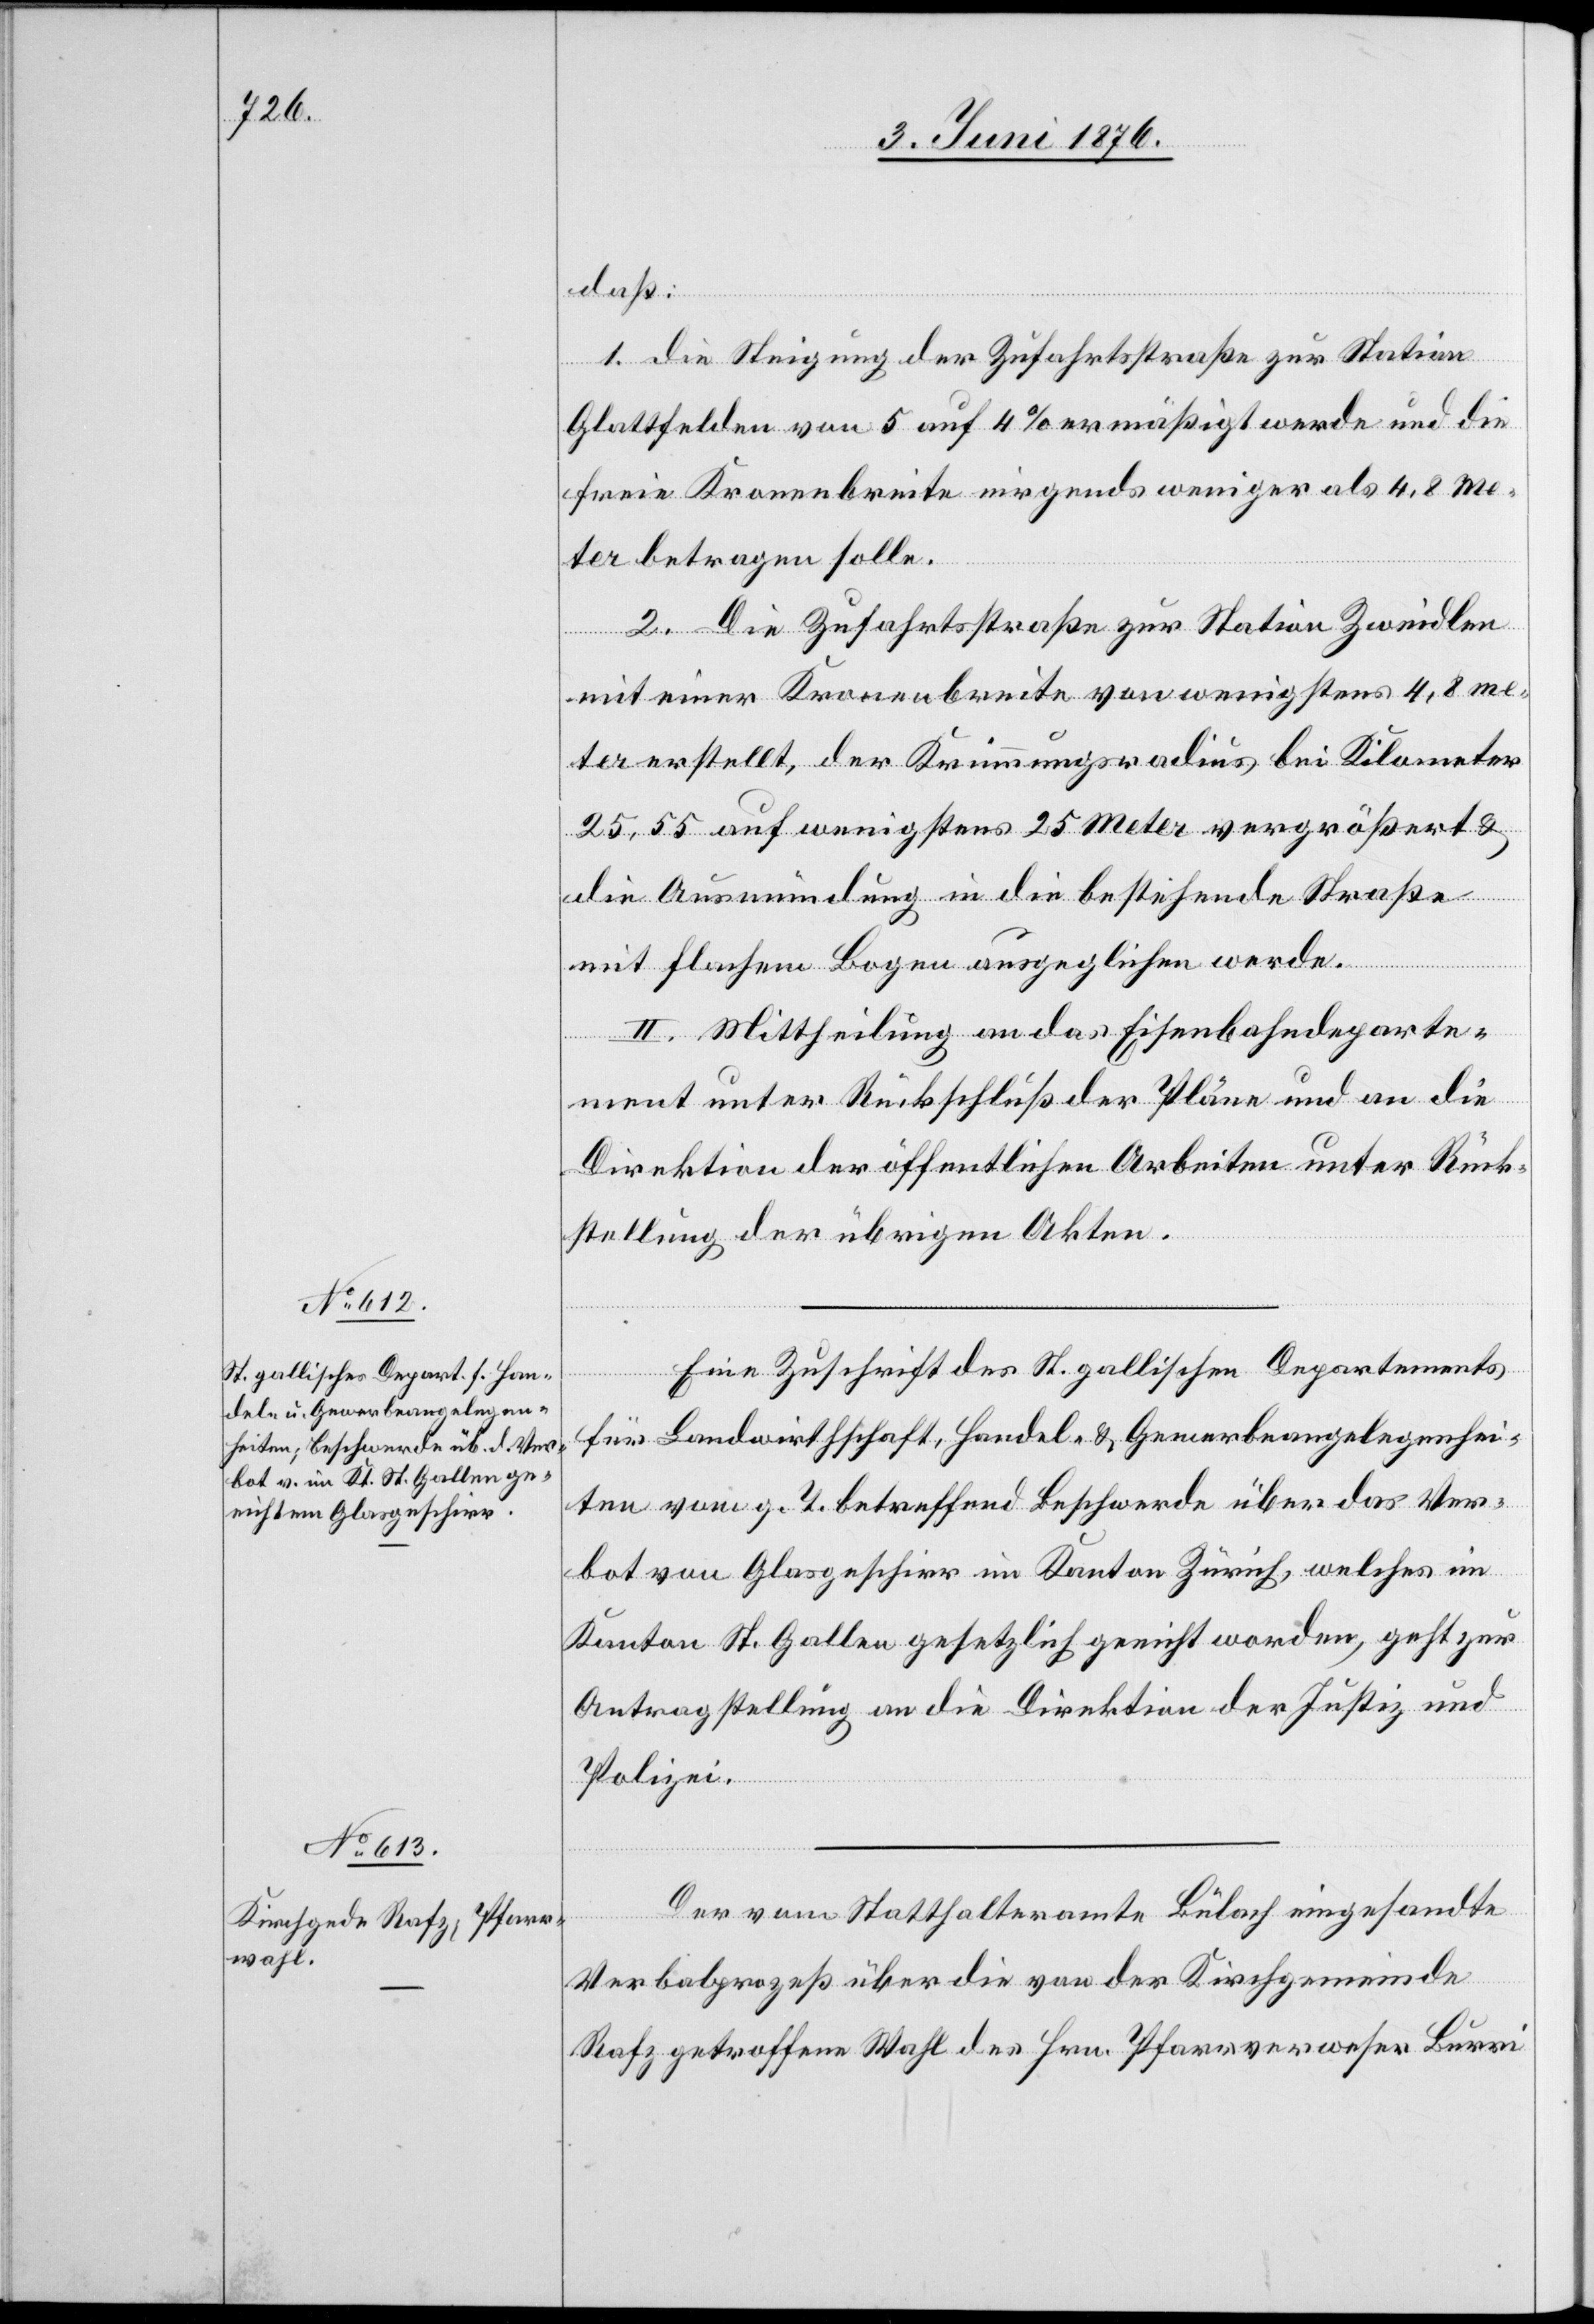
8. Juni 1876.]
daß:
1. die Steigung der Zufahrtsstraße zur Station
Glattfelden von 5 auf 4 % ermäßigt werde und die
freie Kronenbreite nirgends weniger als 4,8 me¬
ter betragen solle.
2. Die Zufahrtsstraße zur Station Zweidlen
mit einer Kronenbreite von wenigstens 4,8 me¬
ter erstellt, der Krümmungsradius bei Kilomater
25,55 auf wenigstens 25 Meter vergrößert &
die Ausmündung in die bestehende Straße
mit flachem Bogen ausgeglichen werde.
II. Mittheilung an das Eisenbahndeparte¬
ment unter Rückschluß der Pläne und an die
Direktion der öffentlichen Arbeiten unter Rück¬
stellung der übrigen Akten.
Eine Zuschrift des St. gallischen Departements
für Landwirtschaft, Handel- & Gewerbeangelegenhei¬
ten vom g. T. betreffend Beschwerde über das Ver¬
bot von Glasgeschirr im Kanton Zürich, welches im
Kanton St. Gallen gesetzlich geeicht worden, geht zur
Antragstellung an die Direktion der Justiz und
Polizei.
Der vom Statthalteramte Bülach eingesandte
Verbalprozeß über die von der Kirchgemeinde
Rafz getroffene Wahl des Hrn. Pfarrverweser Burri